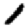
Digit: 1